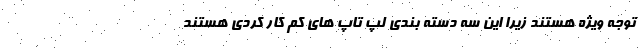
توجه ویژه هستند زیرا این سه دسته بندی لپ تاپ های کم کار کردی هستند